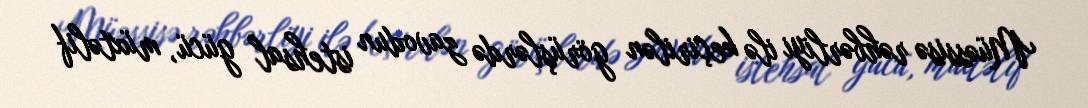
Müəssisə rəhbərliyi ilə keçirilən görüşlərdə zavodun istehsal gücü, müxtəlif